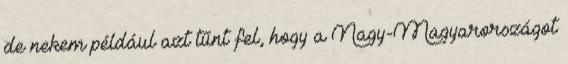
de nekem például azt tűnt fel, hogy a Nagy-Magyarországot